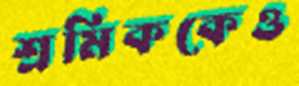
শ্রমিককেও